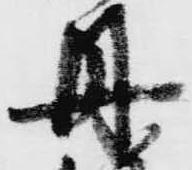
丹